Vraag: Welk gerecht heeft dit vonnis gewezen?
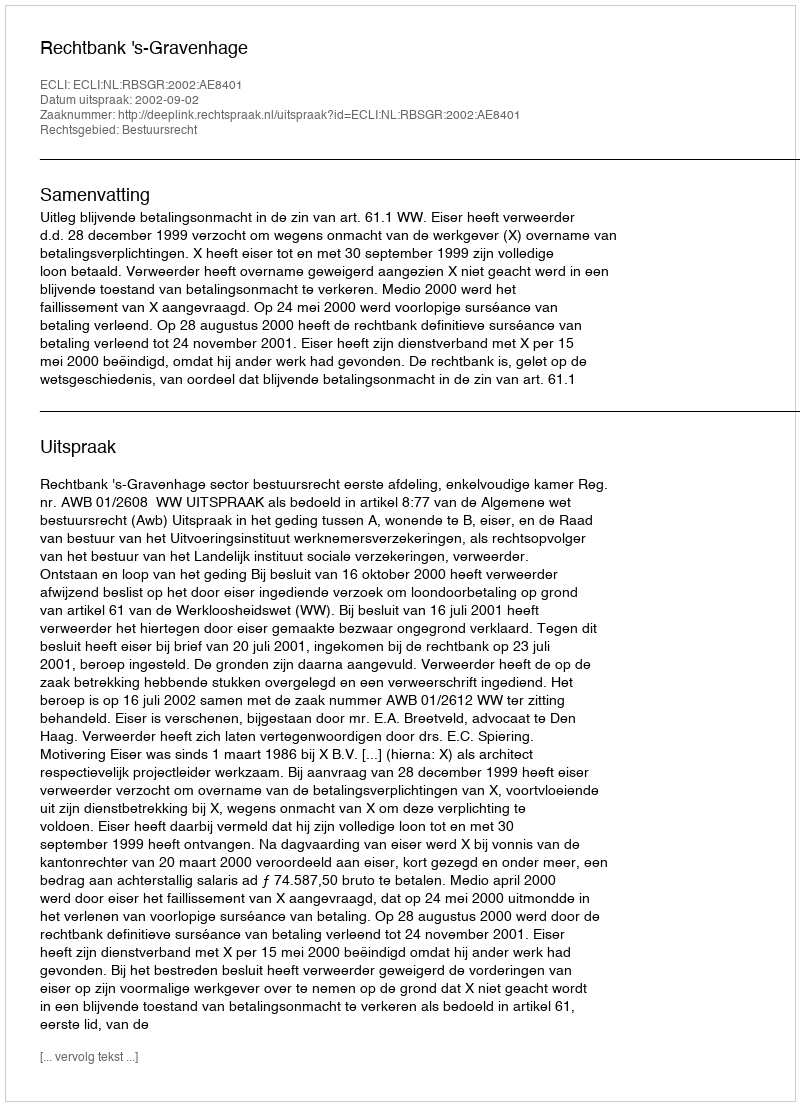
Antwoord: Rechtbank 's-Gravenhage